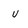
Character: U